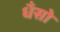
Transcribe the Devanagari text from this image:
धँसो